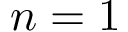
n = 1